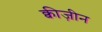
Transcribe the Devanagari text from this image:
क्वीज़ीन